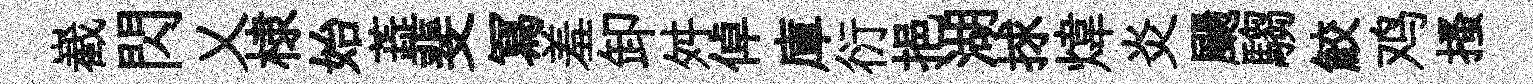
嶻閃乂棣始蕋斐冩羞卸舛倬庫衍挹湖捄煒炎颺騶鮫鸡搔